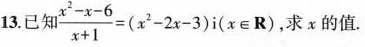
13.已知 $$ \frac{x^{2} - x - 6}{x + 1} = (x^{2} - 2x - 3) i (x \in R) $$，求x的值.